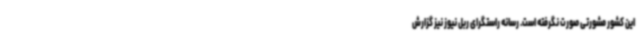
این کشور مشورتی صورت نگرفته است. رسانه راستگرای ربل نیوز نیز گزارش